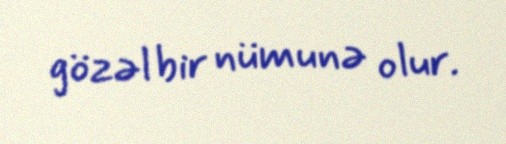
gözəl bir nümunə olur.